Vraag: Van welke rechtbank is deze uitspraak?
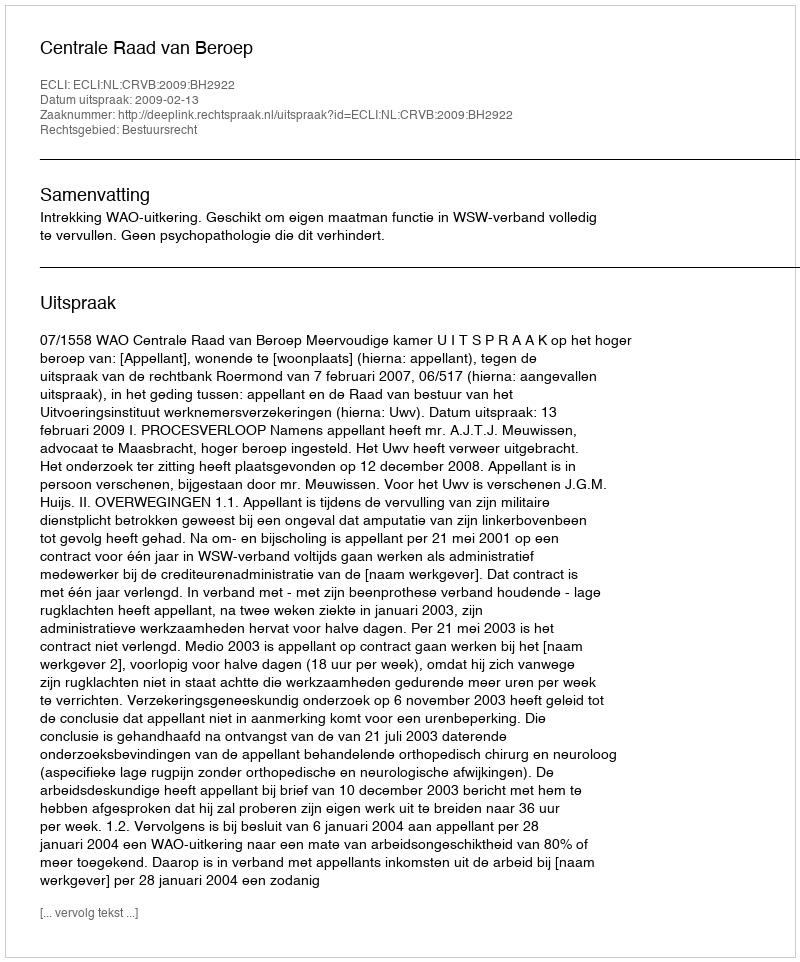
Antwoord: Centrale Raad van Beroep